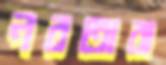
নবতারা